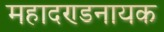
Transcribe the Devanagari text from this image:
महादण्डनायक